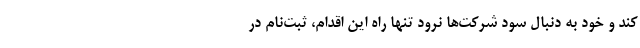
کند و خود به دنبال سود شرکت‌ها نرود تنها راه این اقدام، ثبت‌نام در